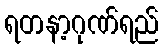
ရတနာ့ဂုဏ်ရည်